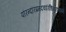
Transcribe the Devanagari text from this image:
पौरन्दरिप्रमदवारिधिवाडवाग्ने